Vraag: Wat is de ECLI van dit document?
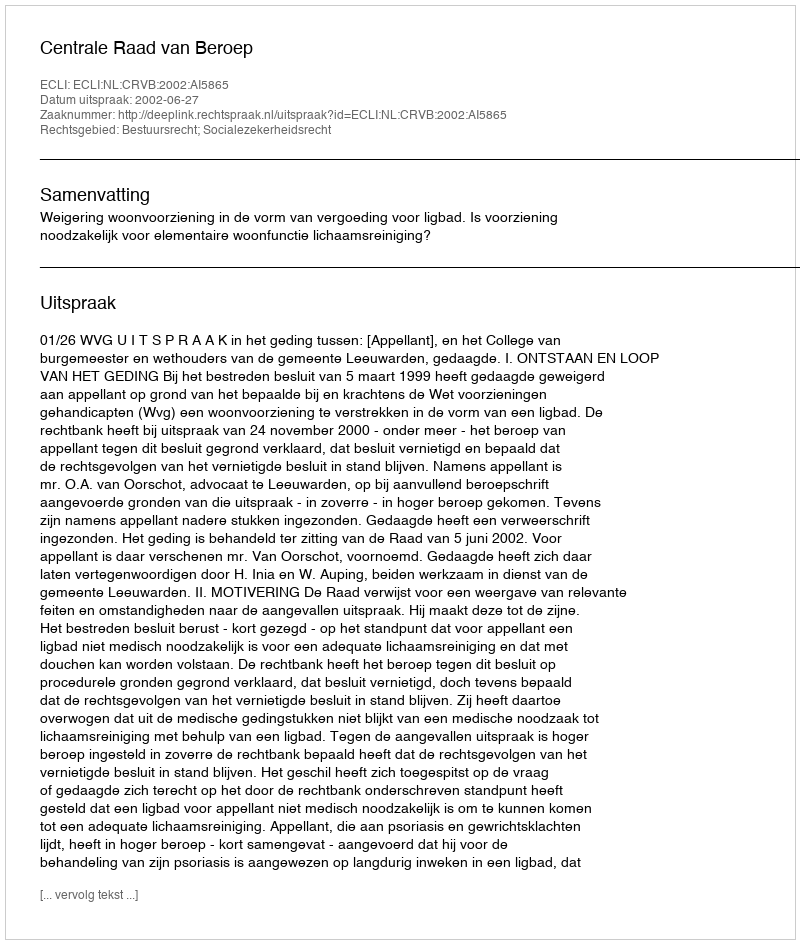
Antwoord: ECLI:NL:CRVB:2002:AI5865